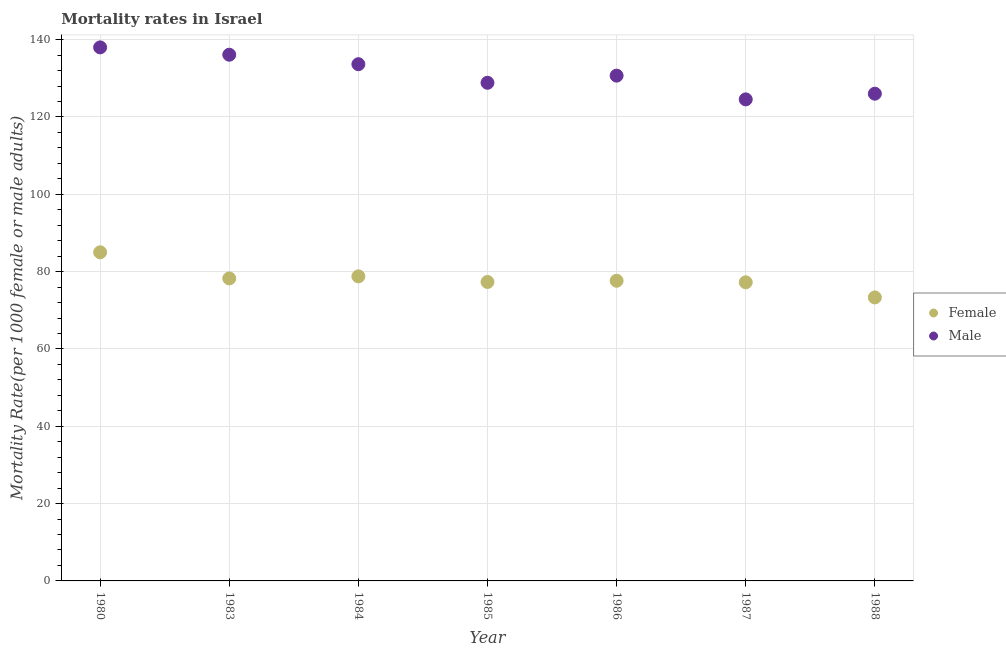
| Year | Female | Male |
 | --- | --- | --- |
 | 1980 | 85 | 138 |
 | 1983 | 78.2 | 136 |
 | 1984 | 78.8 | 134 |
 | 1985 | 77.3 | 129 |
 | 1986 | 77.6 | 131 |
 | 1987 | 77.2 | 125 |
 | 1988 | 73.3 | 126 |